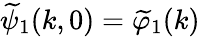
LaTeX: \widetilde{\psi}_{1}(k,0)=\widetilde{\varphi}_{1}(k)